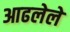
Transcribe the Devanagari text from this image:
आढलेले